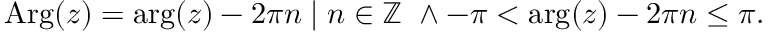
\operatorname { A r g } ( z ) = \arg ( z ) - 2 \pi n \; | \; n \in \mathbb { Z } \ \land - \pi < \arg ( z ) - 2 \pi n \leq \pi .